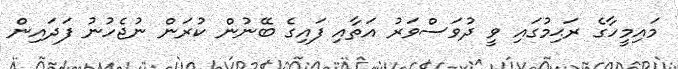
މައިމީހާގެ ރަޙިމުގައި ވީ ދުވަސްވަރު އަތާއި ފައިގެ ބޭނުން ކުރަން ނުޖެހުނު ފަދައިން